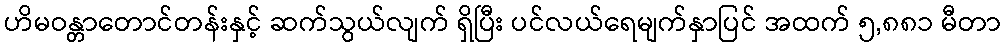
ဟိမဝန္တာတောင်တန်းနှင့် ဆက်သွယ်လျက် ရှိပြီး ပင်လယ်ရေမျက်နှာပြင် အထက် ၅,၈၈၁ မီတာ